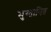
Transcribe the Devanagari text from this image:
भुग्तानित